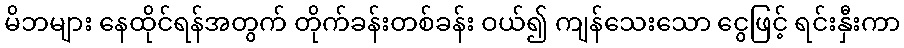
မိဘများ နေထိုင်ရန်အတွက် တိုက်ခန်းတစ်ခန်း ဝယ်၍ ကျန်သေးသော ငွေဖြင့် ရင်းနှီးကာ